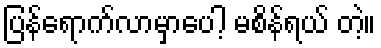
ပြန်ရောက်လာမှာပေါ့ မစိန်ရယ် တဲ့။